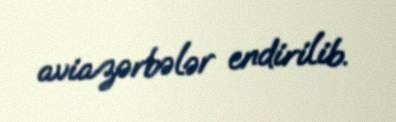
aviazərbələr endirilib.